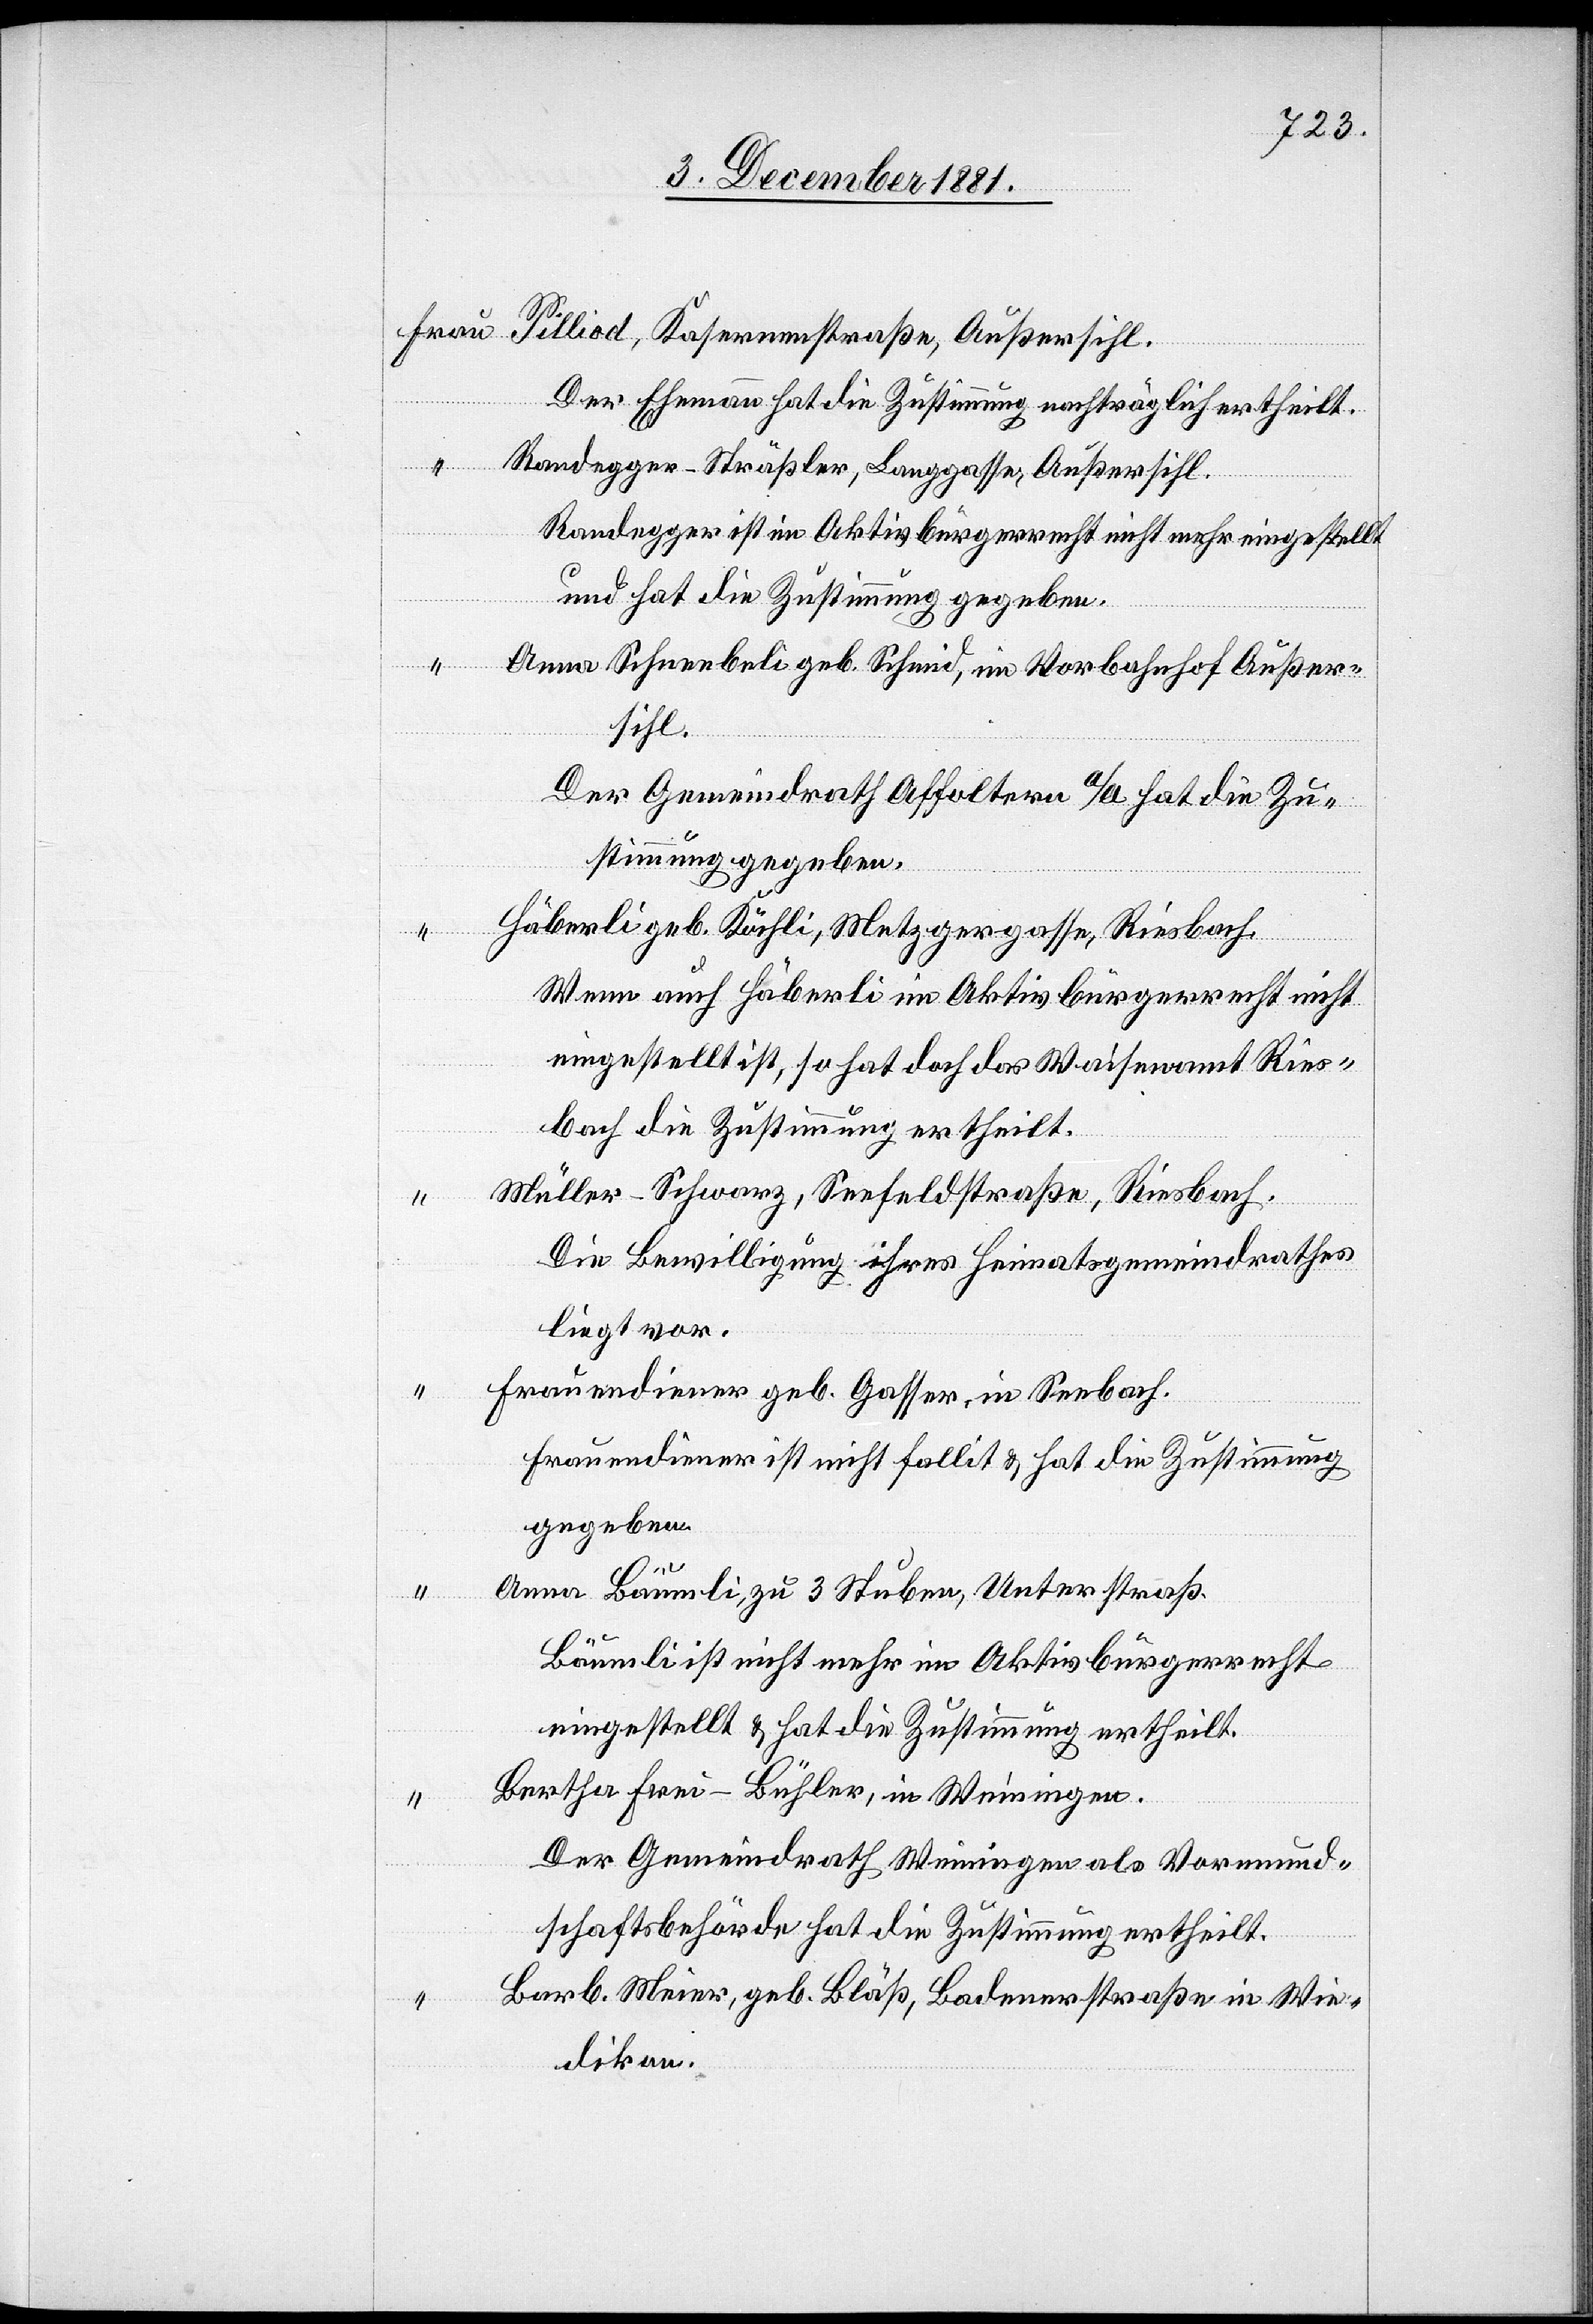
Pilliod, Kasernenstraße, Außersihl.
Der Ehemann hat die Zustimmung nachträglich ertheilt.
Randegger-Sträßler, Langgasse, Außersihl.
Randegger ist im Aktivbürgerrecht nicht mehr eingestellt
und hat die Zustimmung gegeben.
“
Anna Schneebeli geb. Schmid, im Vorbahnhof Außer¬
sihl.
Der Gemeindrath Affoltern a/A hat die Zu¬
stimmung gegeben.
Häberli geb. Köchli, Metzgergasse, Riesbach.
Frau
Wenn auch Häberli im Aktivbürgerrecht nicht
eingestellt ist, so hat doch das Waisenamt Ries¬
bach die Zustimmung ertheilt.
Müller-Schwarz, Seefeldstraße, Riesbach.
Die Bewilligung ihres Heimatsgemeindrathes
liegt vor.
Frauendiener geb. Gasser, in Seebach.
Frauendiener ist nicht fallit & hat die Zustimmung
gegeben.
Anna Bäumli, zu 3 Stuben, Unterstraß.
Bäumli ist nicht mehr im Aktivbürgerrecht
eingestellt & hat die Zustimmung ertheilt.
Bertha Frei-Bühler, in Weinigen.
Der Gemeindrath Weinigen als Vormund¬
schaftsbehörde hat die Zustimmung ertheilt.
Barb. Meier, geb. Bläß, Badenerstraße in Wie¬
dikon.